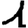
Digit: 1